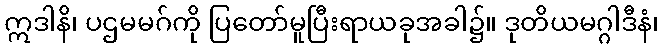
ဣဒါနိ၊ ပဌမမဂ်ကို ပြတော်မူပြီးရာယခုအခါ၌။ ဒုတိယမဂ္ဂါဒီနံ၊